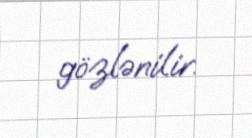
gözlənilir.